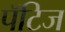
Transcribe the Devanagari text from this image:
पॅटिज